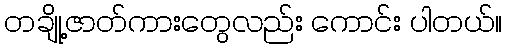
တချို့ဇာတ်ကားတွေလည်း ကောင်း ပါတယ်။